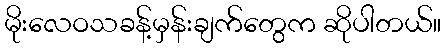
မိုးလေဝသခန့်မှန်းချက်တွေက ဆိုပါတယ်။